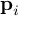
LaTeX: \mathbf { p } _ { i }